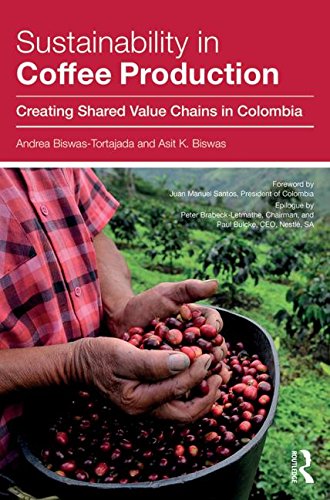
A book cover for Sustainability in Coffee Production: Creating Shared Value Chains in Colombia; Andrea Biswas-Tortajada; Science & Math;